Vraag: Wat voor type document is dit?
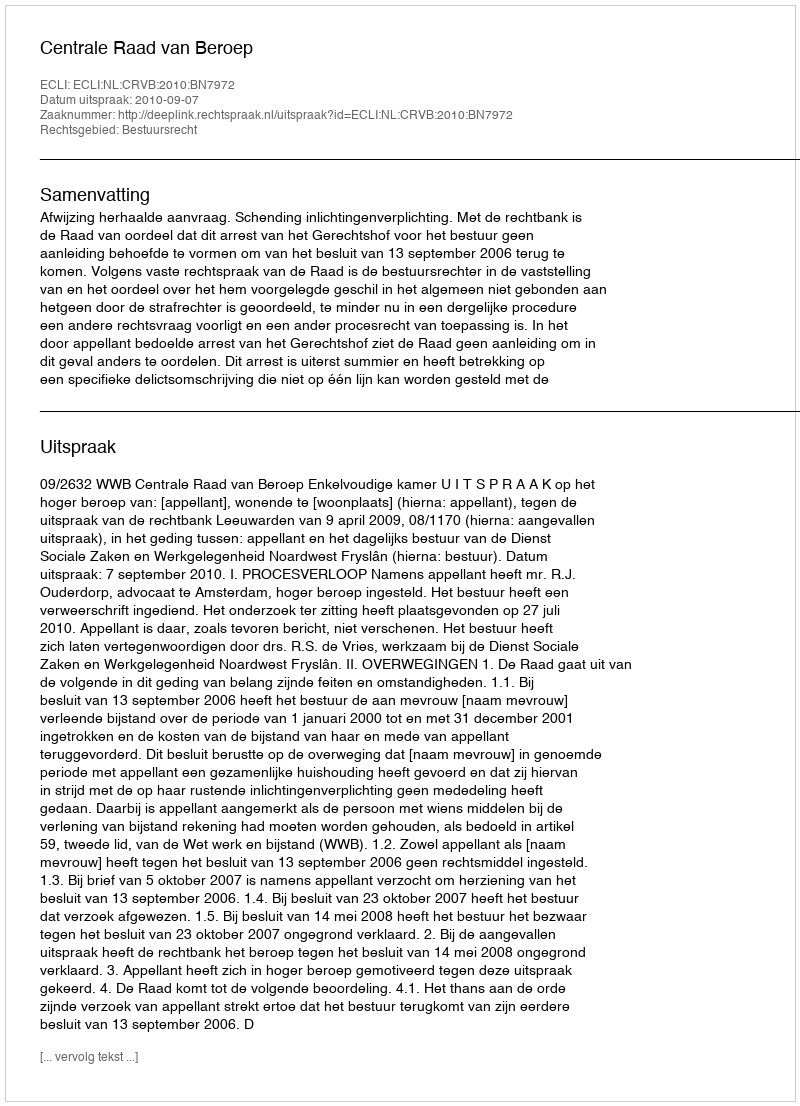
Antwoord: Uitspraak